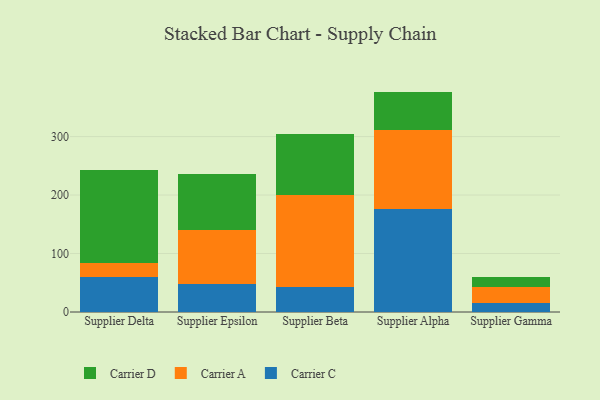
{"axis": {"x": "Supplier", "y": "Active Users"}, "legend": ["Carrier A", "Carrier C", "Carrier D"], "data": [{"x": "Supplier Delta", "y": 59.9, "type": "Carrier C"}, {"x": "Supplier Delta", "y": 23.7, "type": "Carrier A"}, {"x": "Supplier Delta", "y": 158.6, "type": "Carrier D"}, {"x": "Supplier Epsilon", "y": 47.1, "type": "Carrier C"}, {"x": "Supplier Epsilon", "y": 93.6, "type": "Carrier A"}, {"x": "Supplier Epsilon", "y": 95.8, "type": "Carrier D"}, {"x": "Supplier Beta", "y": 42.4, "type": "Carrier C"}, {"x": "Supplier Beta", "y": 158.4, "type": "Carrier A"}, {"x": "Supplier Beta", "y": 104.0, "type": "Carrier D"}, {"x": "Supplier Alpha", "y": 176.9, "type": "Carrier C"}, {"x": "Supplier Alpha", "y": 133.8, "type": "Carrier A"}, {"x": "Supplier Alpha", "y": 66.2, "type": "Carrier D"}, {"x": "Supplier Gamma", "y": 15.2, "type": "Carrier C"}, {"x": "Supplier Gamma", "y": 28.3, "type": "Carrier A"}, {"x": "Supplier Gamma", "y": 15.6, "type": "Carrier D"}]}